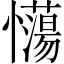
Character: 𢥉